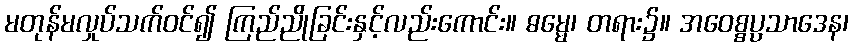
မတုန်မလှုပ်သက်ဝင်၍ ကြည်ညိုခြင်းနှင့်လည်းကောင်း။ ဓမ္မေ၊ တရား၌။ အဝေစ္စပ္ပသာဒေန၊